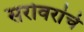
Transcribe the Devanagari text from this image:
सरोवरांचे